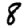
Digit: 8